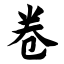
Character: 卷